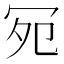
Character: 𪞏